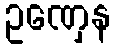
ဥဏှေန